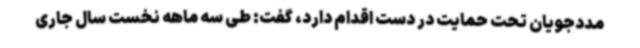
مددجویان تحت حمایت در دست اقدام دارد، گفت: طی سه‌ ماهه نخست سال جاری